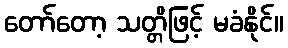
တော်တော့ သတ္တိဖြင့် မခံနိုင်။